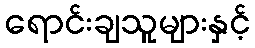
ရောင်းချသူများနှင့်